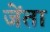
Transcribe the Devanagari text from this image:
जेंता